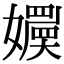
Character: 𡣬